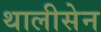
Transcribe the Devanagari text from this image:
थालीसेन